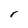
Character: r